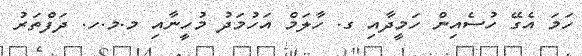
ހަމަ އެގޭ ހުސެއިން ހަމީދާއި ގ. ހާލަމް އަހުމަދު މުހީނާއި މ.މ.ހ. ދަފްތަރު